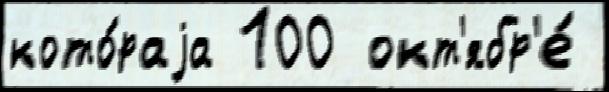
кото́раjа 100 окт'ябр'е́